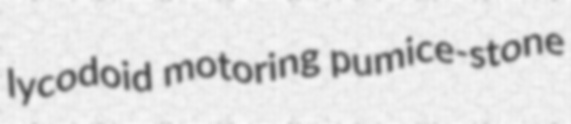
lycodoid motoring pumice-stone